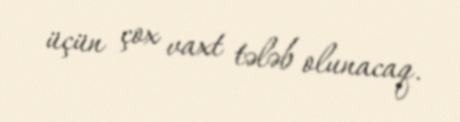
üçün çox vaxt tələb olunacaq.